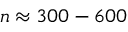
n \approx 3 0 0 - 6 0 0